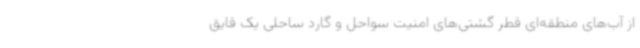
از آب‌های منطقه‌ای قطر گشتی‌های امنیت سواحل و گارد ساحلی یک قایق